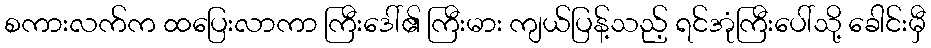
စကားလက်က ထပြေးလာကာ ကြီးဒေါ်၏ ကြီးမား ကျယ်ပြန့်သည့် ရင်အုံကြီးပေါ်သို့ ခေါင်းမှီ